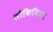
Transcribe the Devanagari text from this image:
लौकिनिया